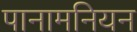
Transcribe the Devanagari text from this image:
पानामनियन